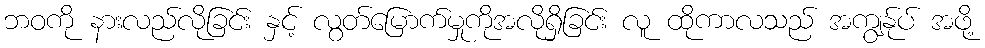
ဘဝကို နားလည်လိုခြင်း နှင့် လွတ်မြောက်မှုကိုအလိုရှိခြင်း လူ ထိုကာလသည် အကျွန်ုပ် အဖို့